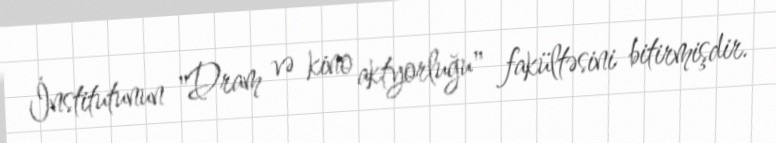
İnstitutunun "Dram və kino aktyorluğu" fakültəsini bitirmişdir.